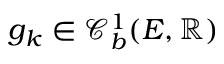
g _ { k } \in \mathcal { C } _ { b } ^ { 1 } ( E , \mathbb { R } )